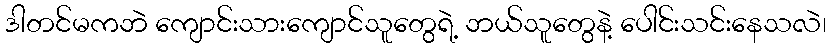
ဒါတင်မကဘဲ ကျောင်းသားကျောင်သူတွေရဲ့ ဘယ်သူတွေနဲ့ ပေါင်းသင်းနေသလဲ၊